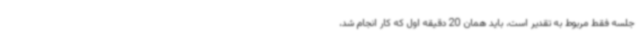
جلسه فقط مربوط به تقدیر است، باید همان 20 دقیقه اول که کار انجام شد،